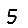
Digit: 5